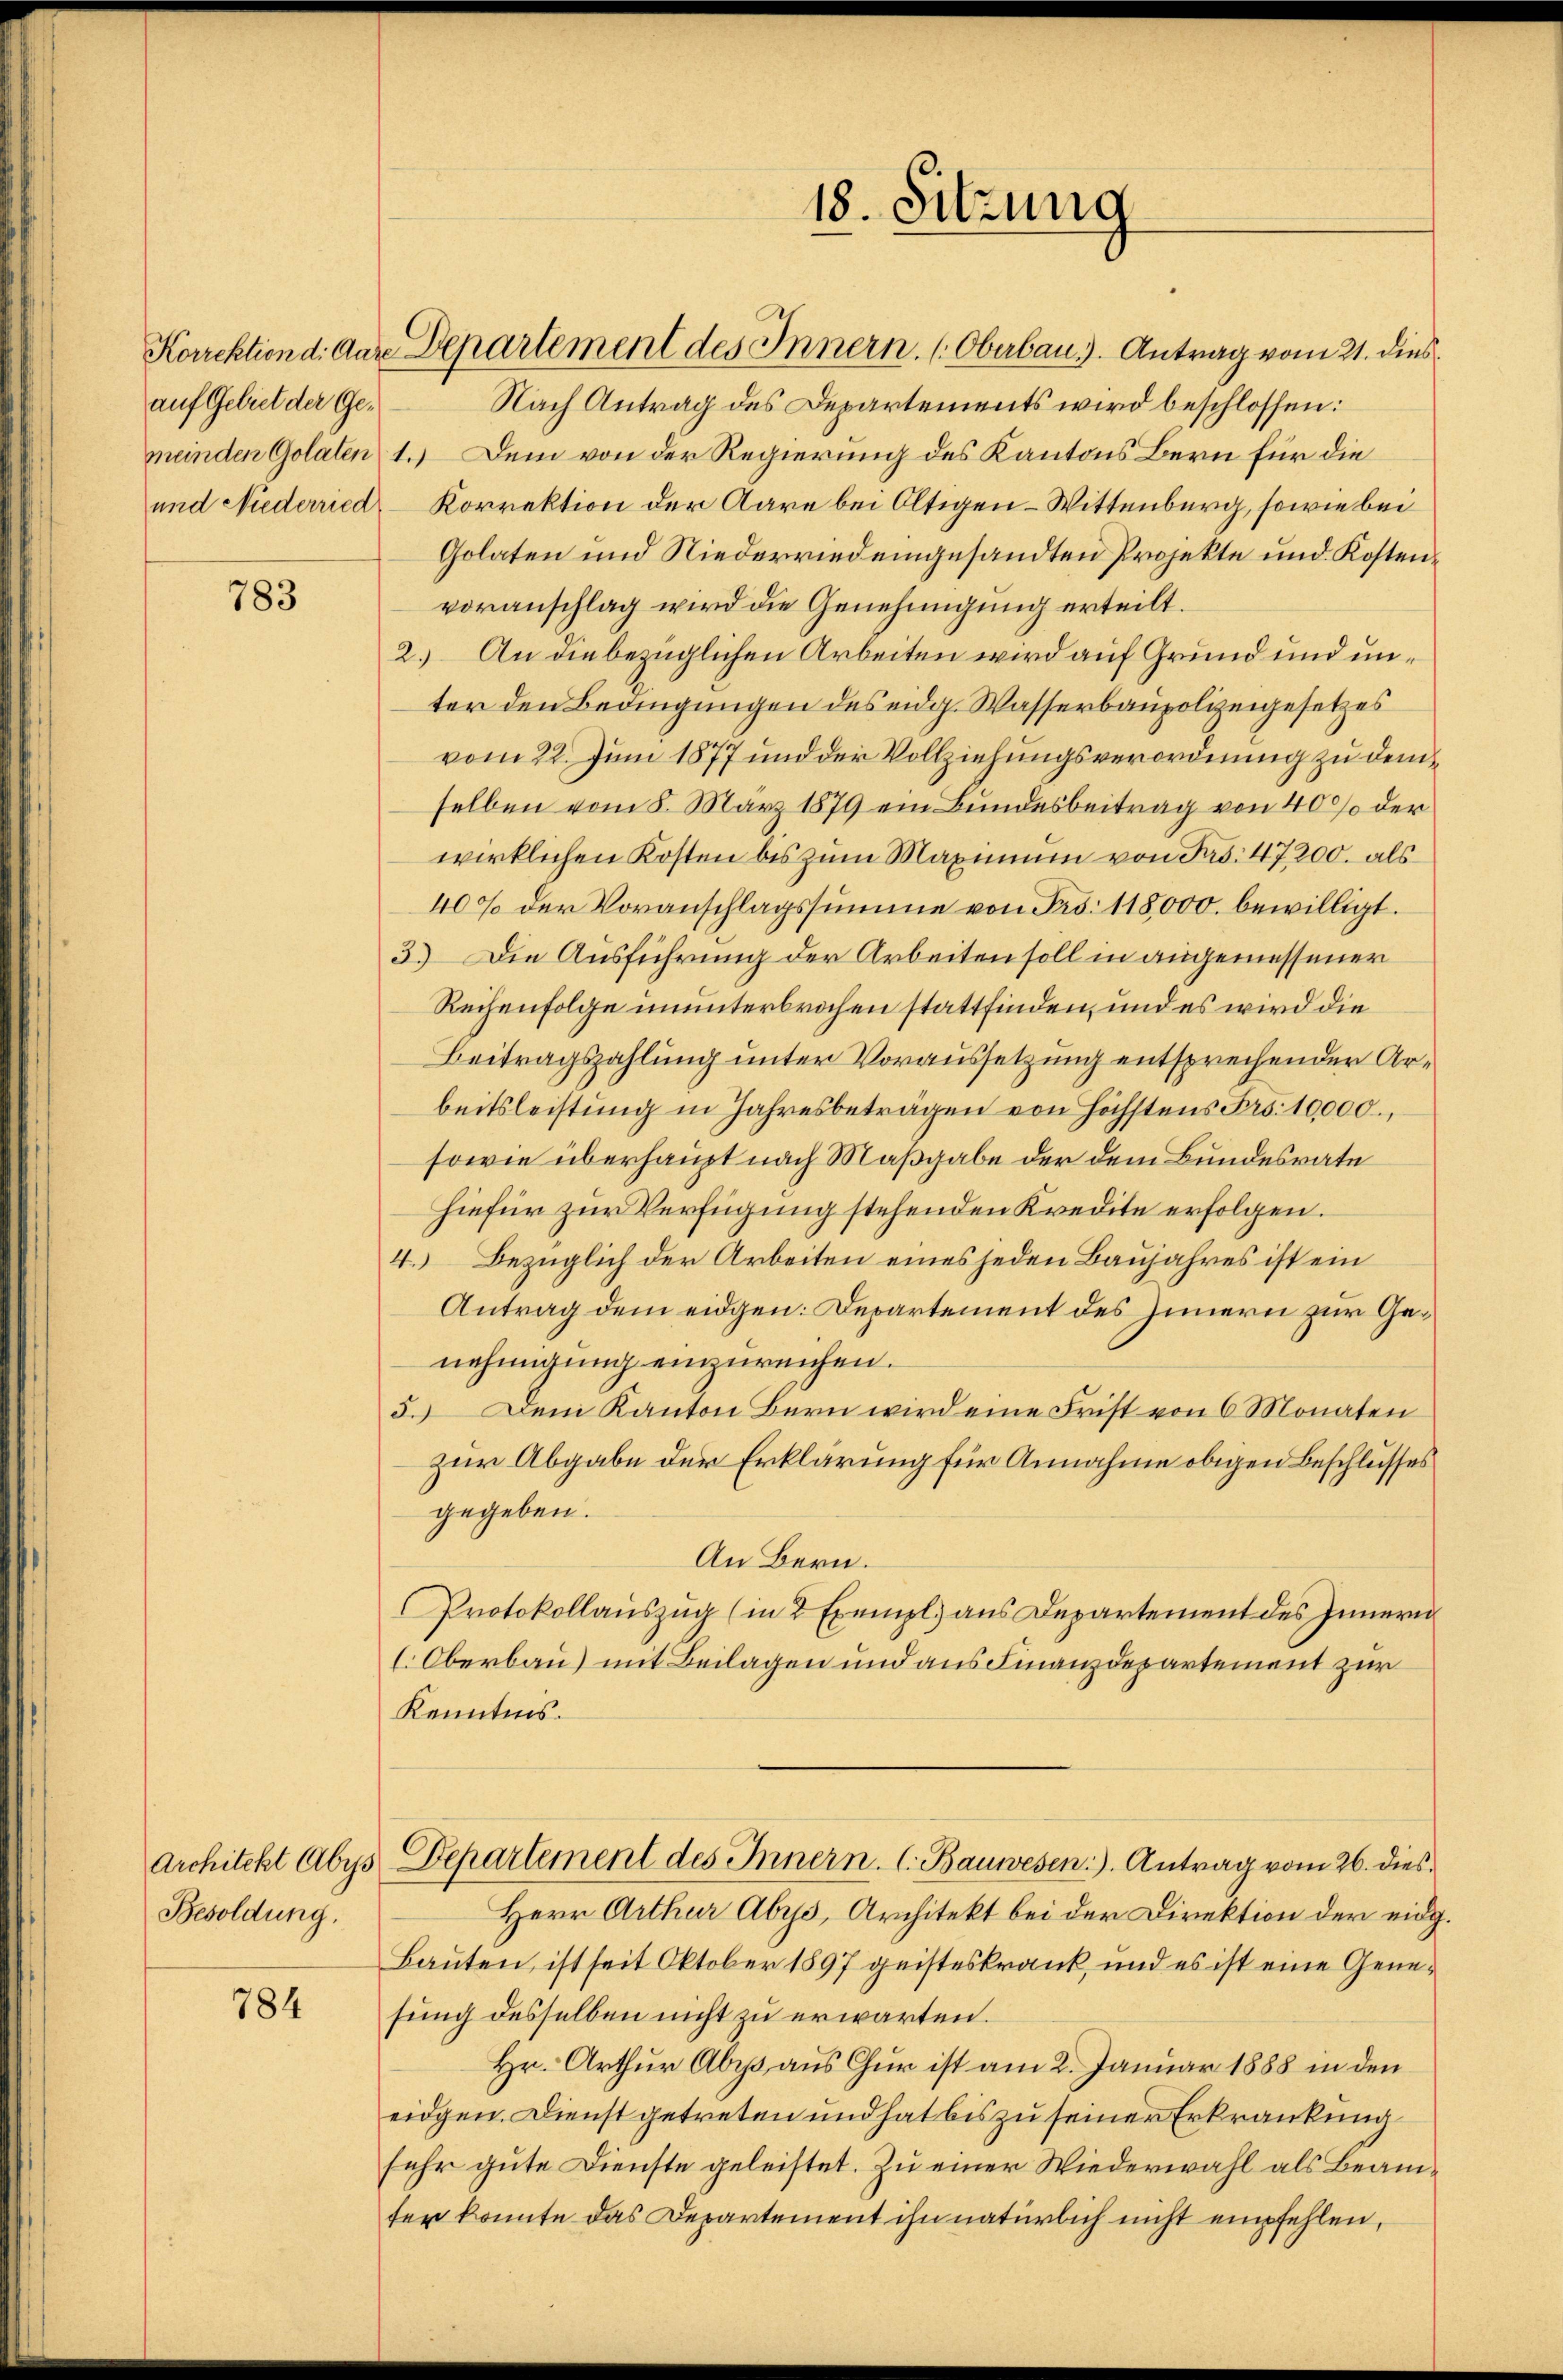
auf Gebiet der Ge¬

783

Besoldung.

784

Korrektion d. Aare Departement des Innern. (Oberbau. Antrag vom 21. dies
Nach Antrag des Departements wird beschlossen:
meinden Golaten 1.) Dem von der Regierung des Kantons Bern für die
und Niederried, Korrektion der Aare bei Oltigen-Wittenburg, sowie bei
Golaten und Niederried eingesandten Projekte und Kostenvoranschlag wird die Genehmigung erteilt.
2.) An die bezüglichen Arbeiten wird auf Grund und unter den Bedingungen des eidg. Wasserbaupolizeigesetzes
vom 22. Juni 1877 und der Vollziehungsverordnung zu demselben vom 8. März 1879 ein Bundesbeitrag von 40% der
wirklichen Kosten bis zum Maximum von Frs. 47200. als
40% der Voranschlagssumme von Frs. 118,000. bewilligt.
3.) Die Ausführung der Arbeiten soll in angemessener
Reihenfolge ununterbrochen stattfinden, und es wird die
Beitragszahlung unter Voraussetzung entsprechender Arbeitsleistung in Jahresbeträgen von Höchstens Frs. 10,000.,
sowie überhaupt nach Maßgabe der dem Bundesrate
hiefür zur Verfügung stehenden Kredite erfolgen.
4. Bezüglich der Arbeiten eines jeden Baujahres ist ein
Antrag dem eidgen. Departement des Innern zur Genehmigung einzureichen.
5. Dem Kanton Bern wird eine Frist von 6 Monaten
zur Abgabe der Erklärung für Annahme obigen Beschlusses
gegeben.
An Bern.
Protokollauszug (in 2 Exempl. aus Departement des Innern
(Oberbau) mit Beilagen und aus Finanzdepartement zur
Kenntnis.
Architekt Abys Departement des Innern. C. Bauwesen). Antrag vom 26. dies¬
Herr Arthur Abris, Architekt bei der Direktion der eidg.
Bauten, ist seit Oktober 1897 geisteskrank, und es ist eine Genesung desselben nicht zu erwarten.
Hr. Arthur Abra aus Chur ist am 2. Januar 1888 in den
eidgen. Dienst getreten und hat bis zu seiner Erkrankung
sehr gute Dienste geleistet. Zu einer Wiederwahl als Beamter konnte das Departement ihn natürlich nicht empfehlen,

18. Sitzung